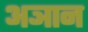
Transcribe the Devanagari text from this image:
अञान